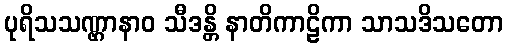
ပုရိသသဏ္ဌာနာဝ သီဒန္တိ နာတိကာဠိကာ သာသဒိသတော